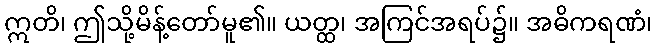
ဣတိ၊ ဤသို့မိန့်တော်မူ၏။ ယတ္ထ၊ အကြင်အရပ်၌။ အဓိကရဏံ၊